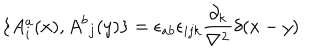
LaTeX: \{ { A _ { i } ^ { a } } ( x ) , { A ^ { b } } _ { j } ( y ) \} = { \epsilon _ { a b } } { \epsilon _ { i j k } } { \frac { \partial _ { k } } { \bf \nabla ^ { 2 } } } \delta ( x - y )